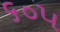
૬૦૫